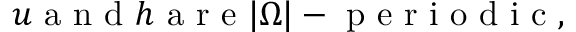
u \mathrm { ~ a ~ n ~ d ~ } h \mathrm { ~ a ~ r ~ e ~ } | \Omega | - \mathrm { ~ p ~ e ~ r ~ i ~ o ~ d ~ i ~ c ~ } ,